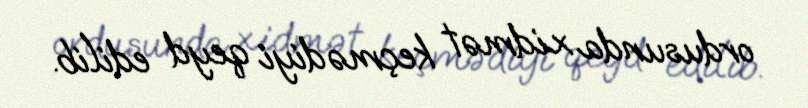
ordusunda xidmət keçmədiyi qeyd edilib.